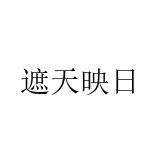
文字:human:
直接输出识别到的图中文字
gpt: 遮天映日